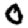
Digit: 0